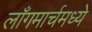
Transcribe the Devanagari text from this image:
लाँगमार्चमध्ये